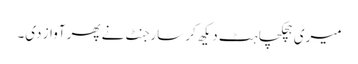
میری ہچکچاہٹ دیکھ کر سارجنٹ نے پھر آواز دی۔